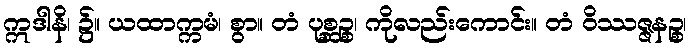
ဣဒါနိ၊ ၌။ ယထာက္ကမံ၊ စွာ။ တံ ပုစ္ဆဉ္စ၊ ကိုလည်းကောင်း။ တံ ဝိဿဇ္ဇနဉ္စ၊